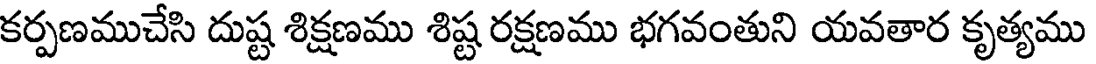
కర్పణముచేసి దుష్ట శిక్షణము శిష్ట రక్షణము భగవంతుని యవతార కృత్యము